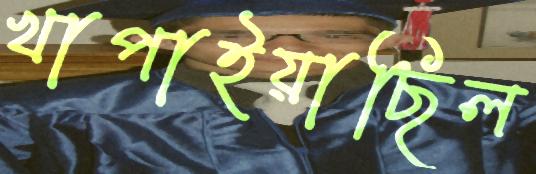
খাপাইয়াছিল